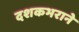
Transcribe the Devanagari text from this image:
दशकभराने